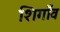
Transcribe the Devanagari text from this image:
शिगाँव